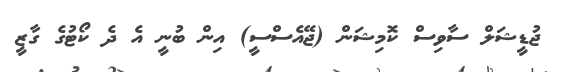
ޖުޑީޝަލް ސާވިސް ކޮމިޝަން (ޖޭއެސްސީ) އިން ބުނީ އެ ދެ ކޯޓުގެ ގާޒީ